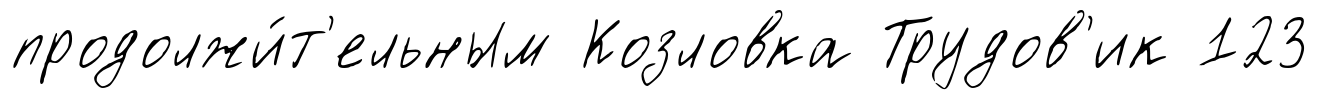
продолжи́т'ельным Козловка Трудов'ик 123